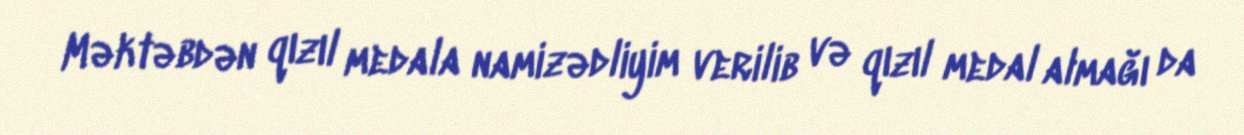
Məktəbdən qızıl medala namizədliyim verilib və qızıl medal almağı da